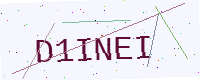
Text: D1INEI